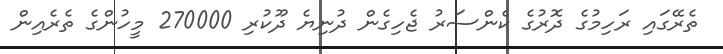
ތެރޭގައި ރަހިމުގެ ދޮރުގެ ކެންސަރު ޖެހިގެން ދުނިޔެ ދޫކުރި 270000 މީހުންގެ ތެރެއިން